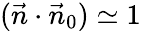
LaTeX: (\vec{n}\cdot\vec{n}_{0})\simeq 1